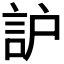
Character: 𧦈